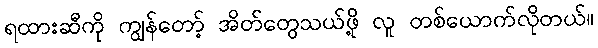
ရထားဆီကို ကျွန်တော့် အိတ်တွေသယ်ဖို့ လူ တစ်ယောက်လိုတယ်။